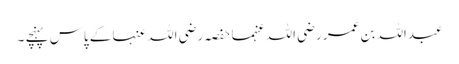
عبداللہ بن عمر رضی اللہ عنہما حفصہ رضی اللہ عنہا کے پاس پہنچے ۔